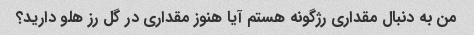
من به دنبال مقداری رژگونه هستم آیا هنوز مقداری در گل رز هلو دارید؟